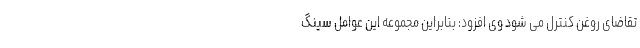
تقاضای روغن کنترل می شود وی افزود: بنابراین مجموعه این عوامل سینگ